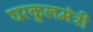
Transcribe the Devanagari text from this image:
घरकुलमंत्री